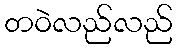
တဝဲလည်လည်